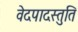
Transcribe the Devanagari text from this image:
वेदपादस्तुति